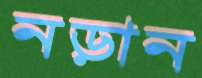
নড়ান